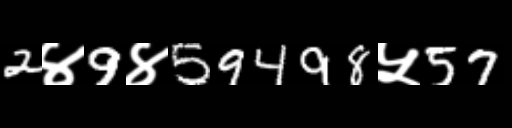
Text: 2४9४59498५57